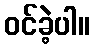
ဝင်ခဲ့ပါ။